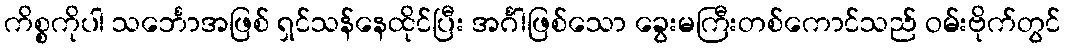
ကိစ္စကိုပါ သင်္ဘောအဖြစ် ရှင်သန်နေထိုင်ပြီး အင်္ဂါဖြစ်သော ခွေးမကြီးတစ်ကောင်သည် ဝမ်းဗိုက်တွင်